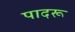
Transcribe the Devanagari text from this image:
पादरू